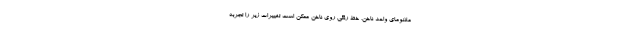
ملانومای واحد ناخن، خط رنگی روی ناخن ممکن است تغییرات زیر را تجربه